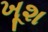
ખૂશ